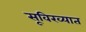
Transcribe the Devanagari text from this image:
सूविख्यात